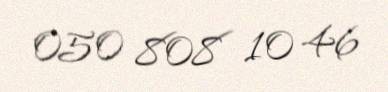
050 808 10 46